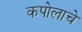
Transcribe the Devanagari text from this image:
कपोलाचे